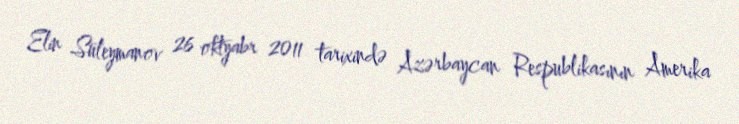
Elin Süleymanov 26 oktyabr 2011 tarixində Azərbaycan Respublikasının Amerika